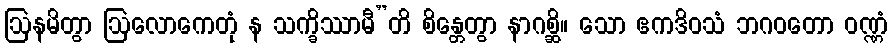
ဩနမိတွာ ဩလောကေတုံ န သက္ခိဿာမီ”တိ စိန္တေတွာ နာဂစ္ဆိ။ သော ဧကဒိဝသံ ဘဂဝတော ဝဏ္ဏံ